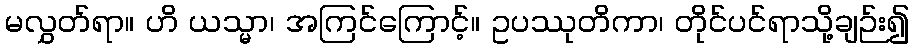
မလွှတ်ရာ။ ဟိ ယသ္မာ၊ အကြင်ကြောင့်။ ဥပဿုတိကာ၊ တိုင်ပင်ရာသို့ချဉ်း၍